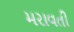
મરાવતી